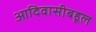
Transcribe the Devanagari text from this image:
आदिवासीबहूल